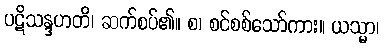
ပဋိသန္ဒဟတိ၊ ဆက်စပ်၏။ စ၊ စင်စစ်သော်ကား။ ယသ္မာ၊